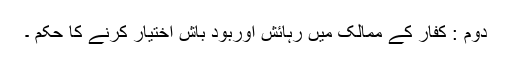
دوم : کفار کے ممالک میں رہائش اوربود باش اختیار کرنے کا حکم ۔